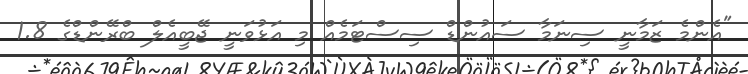
"އެންމެ ޒަމާނީ ސިނަމާ ސައުންޑް ސިސްޓަމެއް މި އަޅުވަނީ ޖޭބީއެލް ބްރޭންޑްގެ 1.8